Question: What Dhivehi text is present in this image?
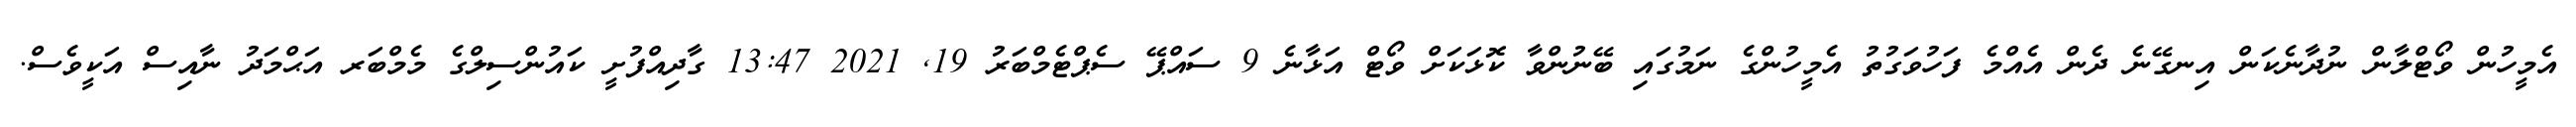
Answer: އެމީހުން ވޯޓްލާން ނުދާނެކަން އިނގޭނެ ދެން އެއްމެ ފަހުވަގުތު އެމީހުންގެ ނަމުގައި ބޭނުންވާ ކޮޅަކަށް ވޯޓް އަޅާނެ 9 ސައްޕޭ ސެޕްޓެމްބަރު 19, 2021 13:47 ގާދިއްފުށީ ކައުންސިލްގެ މެމްބަރ އަޙްމަދު ނާއިސް އަކީވެސް.